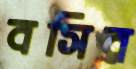
বসির